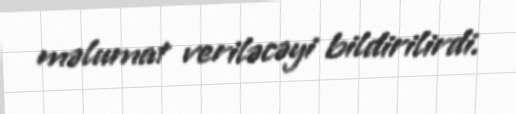
məlumat veriləcəyi bildirilirdi.